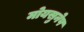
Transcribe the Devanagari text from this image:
मोयसुनेप